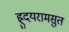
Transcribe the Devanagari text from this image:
ह्रुदयरामसुत